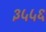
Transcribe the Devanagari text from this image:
३५५६